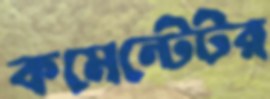
কমেন্টেটর